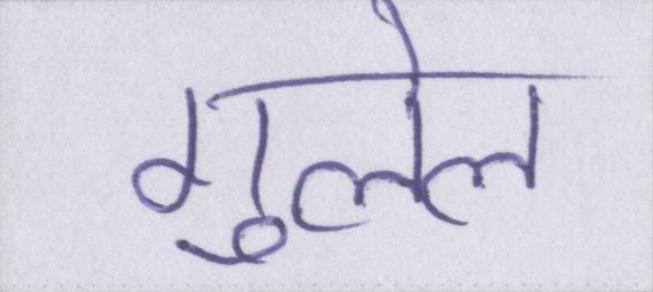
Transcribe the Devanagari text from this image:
गुलेल